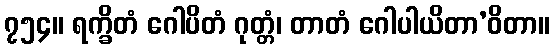
၇၅၄။ ရက္ခိတံ ဂေါပိတံ ဂုတ္တံ၊ တာတံ ဂေါပါယိတာ’ဝိတာ။